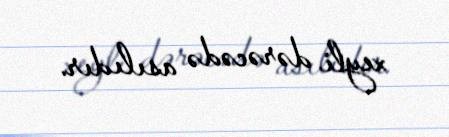
xeyli dərəcədə asılıdır.